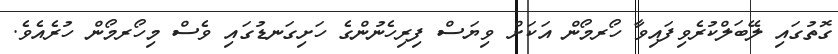
ގޮތުގައި ލޭބަލްކުރެވިފައިވާ ހޯރމޯން އަކަށް ވިޔަސް ފިރިހެނުންގެ ހަށިގަނޑުގައި ވެސް މިހޯރމޯން ހުރެއެވެ.